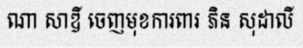
ណា សាឌី ចេញមុខការពារ ភិន សុដាលី